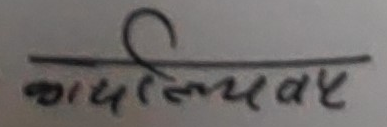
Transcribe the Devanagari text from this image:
कार्यालय